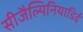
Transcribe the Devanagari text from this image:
सीजैल्पिनियाडिई